Medical and sanitary report of the native army of Bengal for the year
Year: 1874
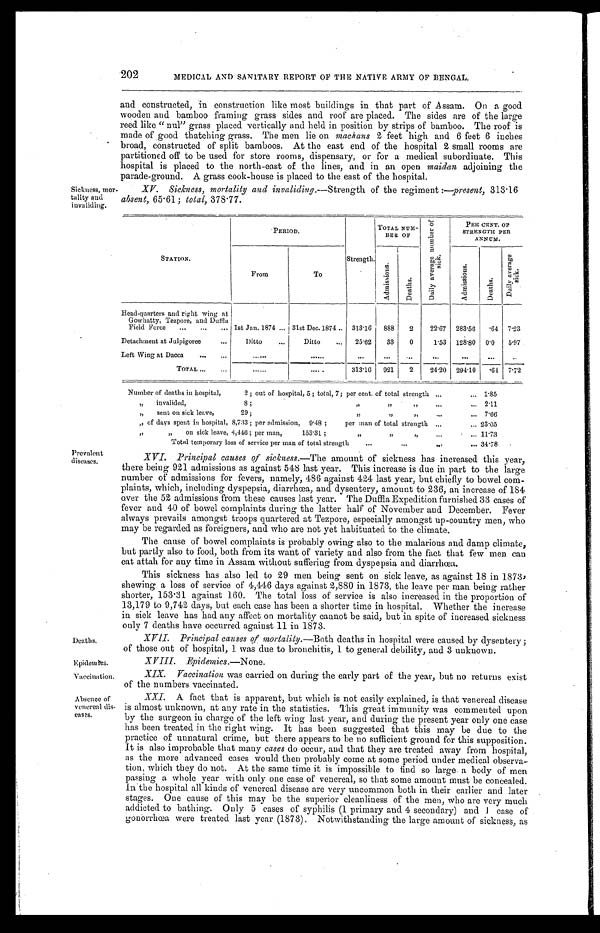
Sickness, moo
tality and
invaliding.
202
MEDICAL AND SANITARY REPORT OF THE NATIVE ARMY OF BENGAL.
and constructed, in construction like most buildings in that part of Assam. On a good
wooden and bamboo framing grass sides and roof are placed. The sides are of the large
reed like "nul" grass placed vertically and held in position by strips of bamboo. The roof is
made of good thatching grass. The men lie on machans 2 feet high and 6 feet 6 inches
broad, constructed of split bamboos. At the east end of the hospital 2 small rooms are
partitioned off to be used for store rooms, dispensary, or for a medical subordinate. This
hospital is placed to the north-east of the lines, and in an open maidan adjoining the
parade-ground. A. grass cook-house is placed to the east of the hospital.
XV. Sickness, mortality and invaliding. —Strength of the regiment :—present, 313.16
absent, 65.61; total, 378.77.
STATION.
PERIOD.
Strength.
TOTAL NUM-
BER OF
D a i l y a v e r a g e N u m b e r o f
s i c k .
PER CENT. OF
STRENGTH PER
ANNUM.
From
To
A d m i s s i o n s .
D e a t h s .
A d m i s s i o n s .
D e a t h s .
D a i l y a v e r a g e
si ck.
Head-quarters and right wing at
Gowhatty, Tezpore, and Duffla
Field Force
1st Jan. 1874 31st Dec. 1874 313.16 888 2 22.67 283.56
. 6 4 7.23
Detachment at Julpigoree
Ditto
Ditto
25.62 33 0
1.53 128.80 0.0 5.97
Left Wing at Dacca
TOTAL
313.16
921 2
24.20 294.10
. 6 4 7.72
Number of deaths in hospital, 2; out of hospital, 3; total, 7; per cent. of total strength
1.85
, " invalided 8; " " " 2.11
" sent on sick leave, 29; " " " 7.66
" of days spent in hospital, 8,733; per admission, 9.48; per man of total strength
23.05
" " o n s i c k l e a v e , 4 , 4 4 6 ; p e r m a n , 1 5 3 . 3 1 ; " " " 11.73
Total temporary loss of service per man of total strength 34.78
Prevalent
diseases.
Deaths,
Epidemics.
Vaccination.
Absence of
venereal dis
-eases..
XVI.
Principal causes of sickness.—The amount of sickness has increased this year,
there being 921 admissions as against 548 last year. This increase is due in part to the large
number of admissions for fevers, namely, 486 against 424 last year, but chiefly to bowel com
- p l a i n t s , w h i c h , i n c l u d i n g d y s p e p s i a , d i a r r h œ a , a n d d y s e n t e r y , a m o u n t t o 2 3 6 , a n i n c r e a s e o f 1 8 4
over the 52 admissions from these causes last year. The . Duffia Expedition furnished 33 cases of
fever and 40 of bowel complaints during the latter half of November and December. Fever
always prevails amongst troops quartered at Tezpore, especially amongst up-country men, who
may be regarded as foreigners, and who are not yet habituated to the climate
.
The cause of bowel complaints is probably owing also to the malarious and damp climate,
but partly also to food, both from its want of variety and also from the fact that few men can
eat attah for any time in Assam without suffering from dyspepsia and diarrhœa.
This sickness has also led to 29 men being sent on sick leave, as against 18 in 1873,
sheaving a loss of service of 4,446 days against 2,880 in 1873, the leave per man being rather
shorter, 153.31 against 160. The total loss of service is also increased in the proportion of
13,179 to 9,742 days, but each case has been a shorter time in hospital. Whether the increase
in sick leave has had any affect on mortality cannot be said, but in spite of increased sickness
only 7 deaths have occurred against 11 in 1873.
XVII. Principal causes of mortality. —Both deaths in hospital were caused by dysentery;
of those out of hospital, 1 was due to bronchitis, 1 to general debility, and 3 unknown.
XVIII. Epidemics.—None.
XIX. Vaccination was carried on during the early part of the year, but no returns exist
of the numbers vaccinated.
XXI. A fact that is apparent, but which is not easily explained, is that venereal disease
is almost unknown, at any rate in the statistics. This great immunity was commented upon
by the surgeon in charge of the left wing last year, and during the present year only one case
has been treated in the right wing. It has been suggested that this may be due to the
practice of unnatural crime, but there appears to be no sufficient ground for this supposition.
It is also improbable that many cases do occur, and that they are treated away from hospital,
as the more advanced cases would then probably come at some period under medical observa
- t i o n , w h i c h t h e y d o n o t . A t t h e s a m e t i m e i t i s i m p o s s i b l e t o f i n d s o l a r g e a b o d y o f m e n
passing a whole year with only one case of venereal, so that some amount must be concealed.
In the hospital all kinds of venereal disease are very uncommon both in their earlier and later
stages. One cause of this may be the superior cleanliness of the men, who are very much
addicted to bathing. Only 5 cases of syphilis (1 primary and 4 secondary) and 1 case of
gonorrhœa were treated last year (1873). Notwithstanding the large amount of sickness, as